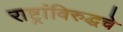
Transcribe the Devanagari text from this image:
राष्ट्रांविरुद्धचे